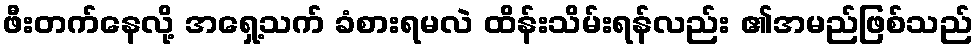
ဖီးတက်နေလို့ အရှေ့သက် ခံစားရမလဲ ထိန်းသိမ်းရန်လည်း ၏အမည်ဖြစ်သည်